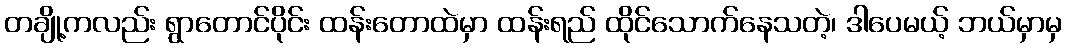
တချို့ကလည်း ရွာတောင်ပိုင်း ထန်းတောထဲမှာ ထန်းရည် ထိုင်သောက်နေသတဲ့၊ ဒါပေမယ့် ဘယ်မှာမှ